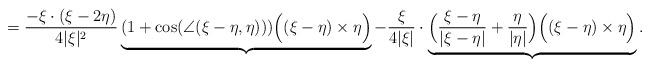
LaTeX: \begin{align*}= \frac{-\xi\cdot(\xi-2\eta)}{4|\xi|^2}\underbrace{(1+\cos(\angle(\xi-\eta, \eta)))\Big((\xi-\eta)\times\eta\Big)}_{} - \frac{\xi}{4 |\xi|}\cdot \underbrace{\Big(\frac{\xi-\eta}{|\xi-\eta|}+\frac{\eta}{|\eta|}\Big) \Big( (\xi - \eta) \times \eta \Big)}_{}. \end{align*}